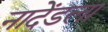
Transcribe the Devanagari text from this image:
नादेंडला